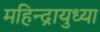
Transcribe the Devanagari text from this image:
महिन्द्रायुध्या